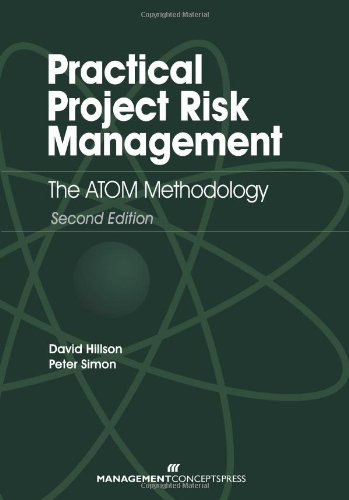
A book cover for Practical Risk Management: The ATOM Methodology, Second Edition; Peter Simon; Business & Money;